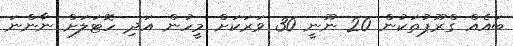
ބައެއް ގްރޫޕުތަކުން 20 ނޫނީ 30 ވަރަކަށް މީހުން އަދި ހޮޓަލަށް ނާންނަ